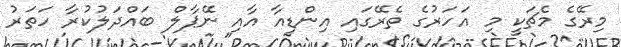
މިރޭގެ މެޗަކީ މި އަހަރުގެ ތެރޭގައި އިންޑިއާ އާއި ނޭޕާލް ބައްދަލުކުރާ ހަތަރު